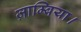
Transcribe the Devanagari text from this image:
ज़ाम्बिया।